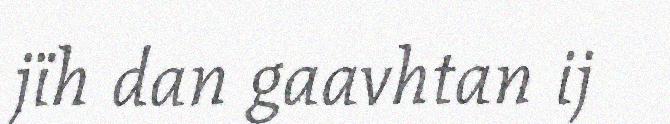
jïh dan gaavhtan ij